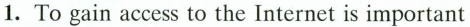
1. To gain access to the Internet is important